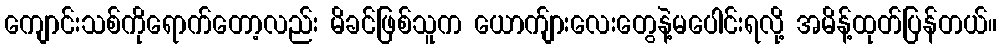
ကျောင်းသစ်ကိုရောက်တော့လည်း မိခင်ဖြစ်သူက ယောက်ျားလေးတွေနဲ့မပေါင်းရလို့ အမိန့်ထုတ်ပြန်တယ်။